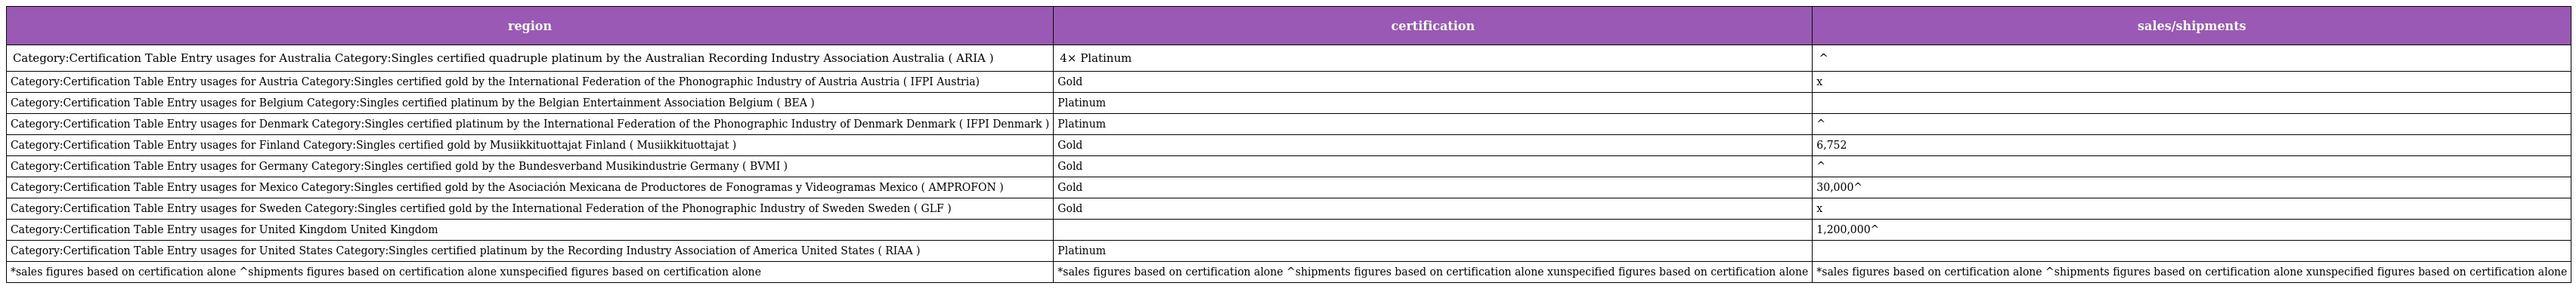
| region | certification | sales/shipments |
 | --- | --- | --- |
 | Category:Certification Table Entry usages for Australia Category:Singles certified quadruple platinum by the Australian Recording Industry Association Australia ( ARIA ) | 4× Platinum | ^ |
 | Category:Certification Table Entry usages for Austria Category:Singles certified gold by the International Federation of the Phonographic Industry of Austria Austria ( IFPI Austria) | Gold | x |
 | Category:Certification Table Entry usages for Belgium Category:Singles certified platinum by the Belgian Entertainment Association Belgium ( BEA ) | Platinum |  |
 | Category:Certification Table Entry usages for Denmark Category:Singles certified platinum by the International Federation of the Phonographic Industry of Denmark Denmark ( IFPI Denmark ) | Platinum | ^ |
 | Category:Certification Table Entry usages for Finland Category:Singles certified gold by Musiikkituottajat Finland ( Musiikkituottajat ) | Gold | 6,752 |
 | Category:Certification Table Entry usages for Germany Category:Singles certified gold by the Bundesverband Musikindustrie Germany ( BVMI ) | Gold | ^ |
 | Category:Certification Table Entry usages for Mexico Category:Singles certified gold by the Asociación Mexicana de Productores de Fonogramas y Videogramas Mexico ( AMPROFON ) | Gold | 30,000^ |
 | Category:Certification Table Entry usages for Sweden Category:Singles certified gold by the International Federation of the Phonographic Industry of Sweden Sweden ( GLF ) | Gold | x |
 | Category:Certification Table Entry usages for United Kingdom United Kingdom |  | 1,200,000^ |
 | Category:Certification Table Entry usages for United States Category:Singles certified platinum by the Recording Industry Association of America United States ( RIAA ) | Platinum |  |
 | *sales figures based on certification alone ^shipments figures based on certification alone xunspecified figures based on certification alone | *sales figures based on certification alone ^shipments figures based on certification alone xunspecified figures based on certification alone | *sales figures based on certification alone ^shipments figures based on certification alone xunspecified figures based on certification alone |